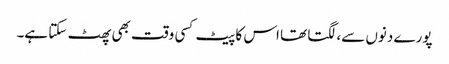
پورے دنوں سے، لگتا تھا اس کا پیٹ کسی وقت بھی پھٹ سکتا ہے۔